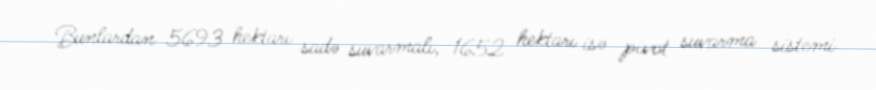
Bunlardan 5693 hektarı sadə suvarmalı, 1652 hektarı isə pivot suvarma sistemi